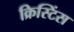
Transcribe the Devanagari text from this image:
क्रिस्टिंस